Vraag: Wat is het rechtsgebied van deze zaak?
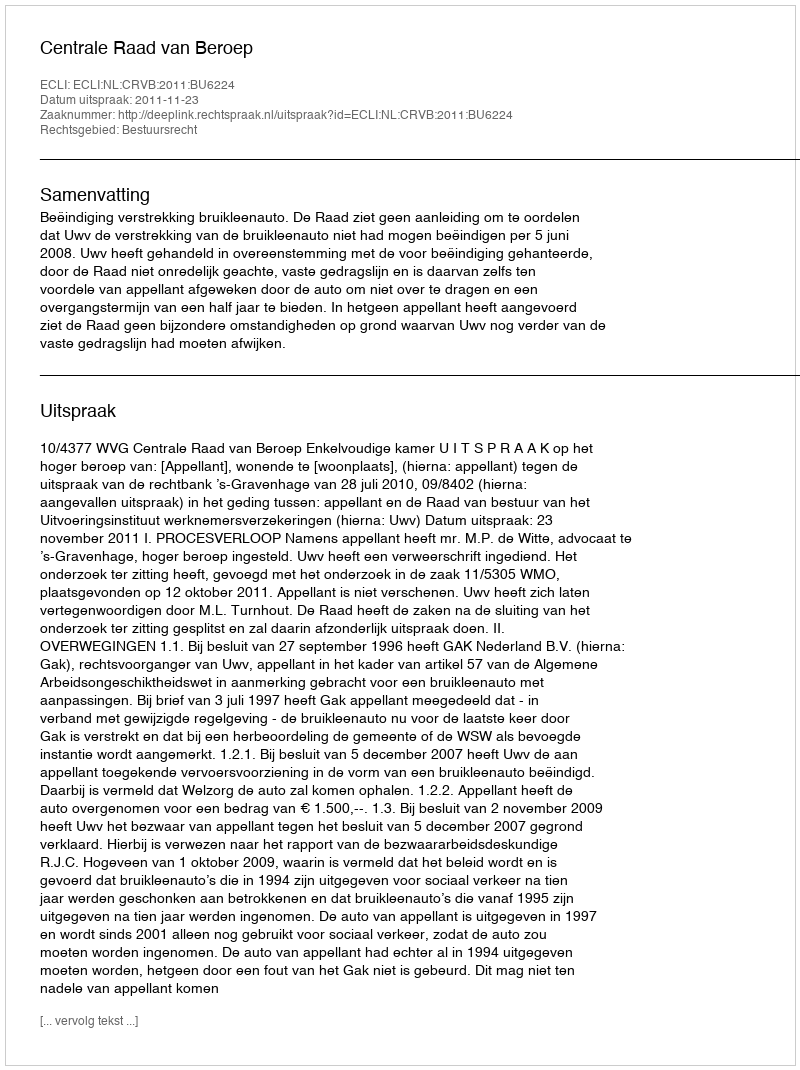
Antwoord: Bestuursrecht